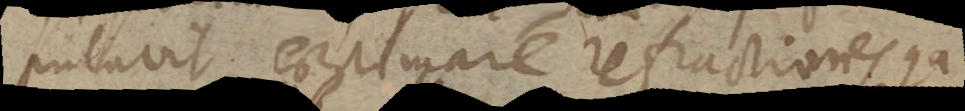
putavit aestimare refractiones quia